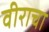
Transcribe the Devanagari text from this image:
वीराचा